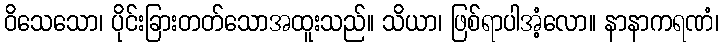
ဝိသေသော၊ ပိုင်းခြားတတ်သောအထူးသည်။ သိယာ၊ ဖြစ်ရာပါအံ့လော။ နာနာကရဏံ၊